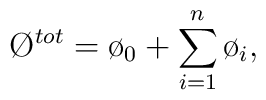
\O^{tot}=\o_{0}+\sum_{i=1}^{n}{\o_{i}},